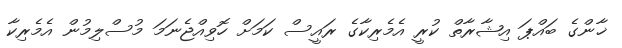
ޚާންގެ ބައްޕަ އިޝާރާތް ކުރީ އެމެރިކާގެ ރައީސް ކަމަށް ހޮވިއްޖެނަމަ މުސްލިމުން އެމެރިކާ